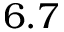
6 . 7